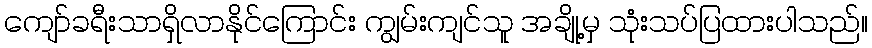
ကျော်ခရီးသာရှိလာနိုင်ကြောင်း ကျွမ်းကျင်သူ အချို့မှ သုံးသပ်ပြထားပါသည်။